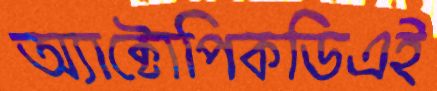
অ্যাক্টোপিকডিএই